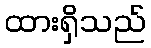
ထားရှိသည်